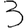
Digit: 3